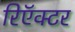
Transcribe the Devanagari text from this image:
रिऍक्टर